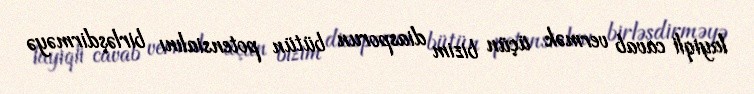
layiqli cavab vermək üçün bizim diasporun bütün potensialını birləşdirməyə